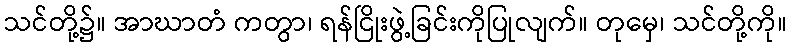
သင်တို့၌။ အာဃာတံ ကတွာ၊ ရန်ငြိုးဖွဲ့ခြင်းကိုပြုလျက်။ တုမှေ၊ သင်တို့ကို။